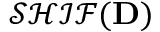
{ \mathcal { S H I F } } ( \mathbf { D } )